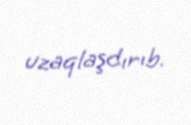
uzaqlaşdırıb.